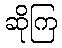
ဆိုကြ